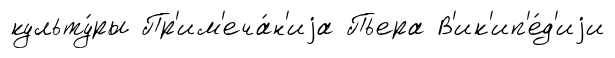
культу́ры Пр'им'еча́н'иjа Пьера В'ик'ип'е́д'иjи